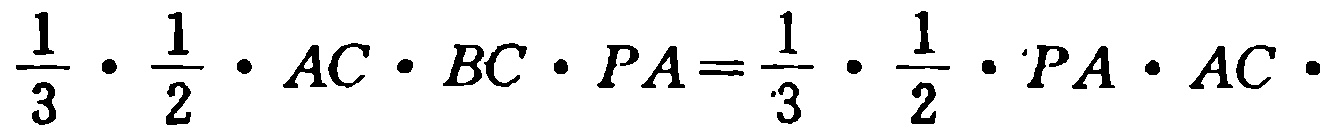
$\frac{1}{3}\cdot\frac{1}{2}\cdot AC\cdot BC\cdot PA=\frac{1}{3}\cdot\frac{1}{2}\cdot PA\cdot AC\cdot$